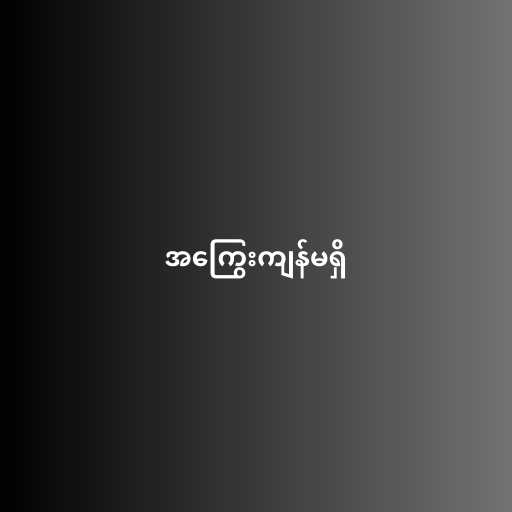
အကြွေးကျန်မရှိ